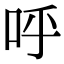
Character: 呼